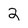
Character: 2